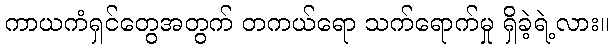
ကာယကံရှင်တွေအတွက် တကယ်ရော သက်ရောက်မှု ရှိခဲ့ရဲ့လား။